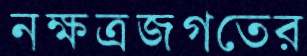
নক্ষত্রজগতের